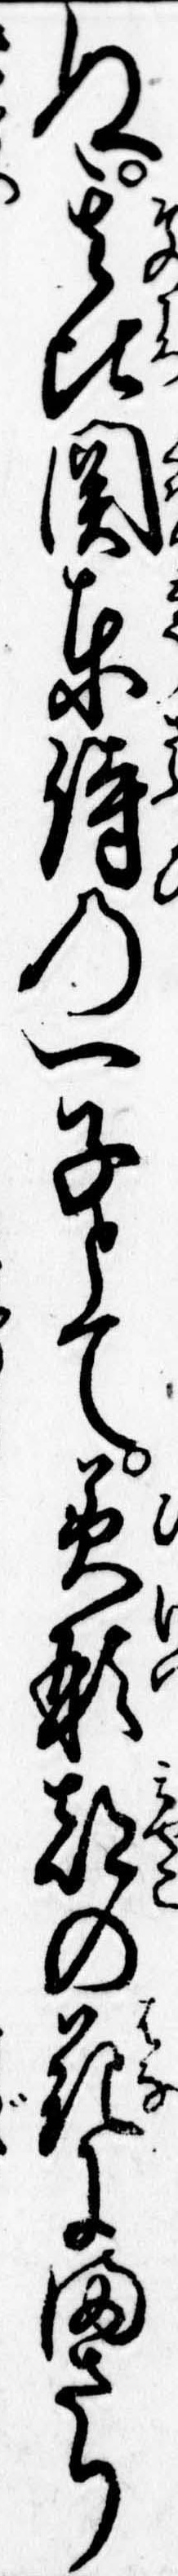
ぬ其頃関東侍の一子とて美形都の花にまさり